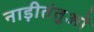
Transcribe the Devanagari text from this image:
नाड़ीतंतुओं